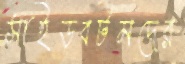
সাইডবটমদের